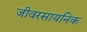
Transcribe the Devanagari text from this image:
जीवरसायनिक